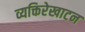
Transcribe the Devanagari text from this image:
व्यक्तिरेखाटन